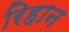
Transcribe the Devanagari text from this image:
रिहान